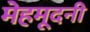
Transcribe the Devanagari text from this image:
मेहमूदनी